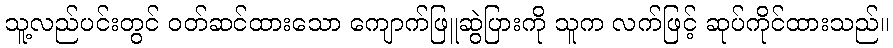
သူ့လည်ပင်းတွင် ဝတ်ဆင်ထားသော ကျောက်ဖြူဆွဲပြားကို သူက လက်ဖြင့် ဆုပ်ကိုင်ထားသည်။